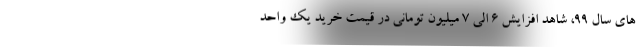
های سال 99، شاهد افزایش 6 الی 7 میلیون تومانی در قیمت خرید یک واحد